Vaccine operations Central Provinces & Berar 1912-1920 - 1912-1920
Year: 1912
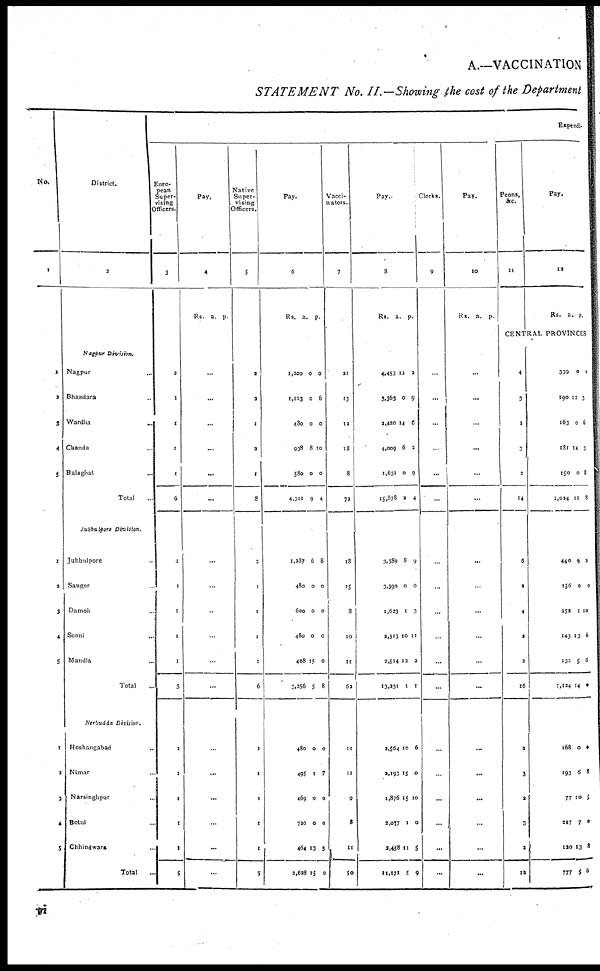
A.—VACCINATION
STATEMENT No. II.—Showing the cost of the Department
No.
1
1
2
3
4
5
1
2
3
4
5
1
2
3
4
5
District.
2
Nagpur
Division.
Nagpur ...
Bhandara ...
Wardha ...
Chanda ...
Balaghat ...
Total ...
Jubbulpore Division.
Jubbulpore ...
Saugor ...
Damoh ...
Seoni ...
Mandla ...
Total ...
Nerbudda Division.
Hoshangabad ...
Nimar ...
Narsinghpur ...
Betul ...
Chhindwara ...
Total ...
Expendi-
Euro-
pean
Super¬
vising
Officers.
3
2
1
1
1
1
6
1
1
1
1
1
5
1
1
1
1
1
5
Pay.
4
Rs. a. p.
...
...
...
...
...
...
...
...
...
...
...
...
...
...
...
...
...
...
Native
Super-
vising
Officers.
5
2
2
1
2
1
8
3
1
1
1
1
6
1
1
1
1
1
5
Pay.
6
Rs.
a. p.
1,200
1,113
480
938
580
4,311
0
0
0
8
0
9
0
6
0
10
0
4
1,287
480
600
480
408
3,256
6
0
0
0
15
5
8
0
0
0
0
8
480
495
469
720
464
2,628
0
1
0
0
13
15
0
7
0
0
5
0
Vacci¬
nators.
7
21
13
12
18
8
72
18
15
8
10
11
62
11
11
9
8
11
50
Pay.
8
Rs. a. p.
4,453
3,363
2,420
4,009
1,631
15,878
13
0
14
6
0
2
2
9
6
2
9
4
3,389
3,390
1,623
2,313
2,514
13,231
8
0
1
10
12
1
9
0
3
11
2
1
2,564
2,193
1,876
2,077
2,458
11,171
10
15
15
1
11
5
6
0
10
0
5
9
Clerks.
9
...
...
...
...
...
...
...
...
...
...
...
...
...
...
...
...
...
...
Pay.
10
Rs. a. p.
...
...
...
...
...
...
...
...
...
...
...
...
...
...
...
...
...
...
Peons,
&c.
11
Pay.
12
Rs.
a.
p.
CENTRAL PROVINCES
4
3
2
3
2
14
6
2
4
3
3
16
2
3
2
3
2
12
339
190
163
181
150
1,024
0
13
0
14
0
11
0
3
6
3
8
8
440
156
250
143
132
1,124
9
0
1
13
5
14
3
0
10
6
6
0
168
193
77
217
130
777
0
6
10
7
13
5
0
8
5
0
8
6
vi